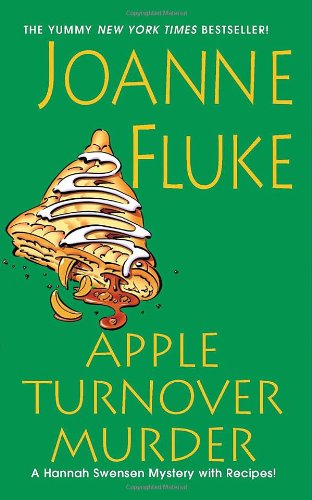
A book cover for Apple Turnover Murder (A Hannah Swensen Mystery); Joanne Fluke; Mystery, Thriller & Suspense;